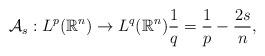
LaTeX: \begin{align*}\mathcal{A}_{s}:L^{p}(\mathbb{R}^{n}) \rightarrow L^{q}(\mathbb{R}^{n}) \frac{1}{q} = \frac{1}{p} - \frac{2s}{n}, \end{align*}